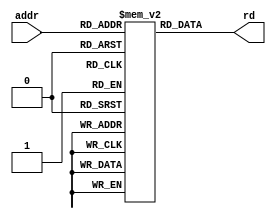
// Read-only instruction memory
module InstructionMemory(
	input  [5:0] addr,
	output [31:0] rd
);
	reg [31:0] INSTRROM[63:0];

	assign rd = INSTRROM[addr];
endmodule

// Writable data memory
module DataMemory(
	input clk,
	input we,
	input [5:0] addr,
	input [31:0] wd,
	output [31:0] rd
);
	reg [31:0] DATARAM[63:0];

	always @(posedge clk)
		if (we) begin
			DATARAM[addr] <= wd;
		end

	assign rd = DATARAM[addr];
endmodule